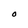
Character: O